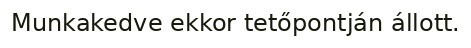
Munkakedve ekkor tetőpontján állott.